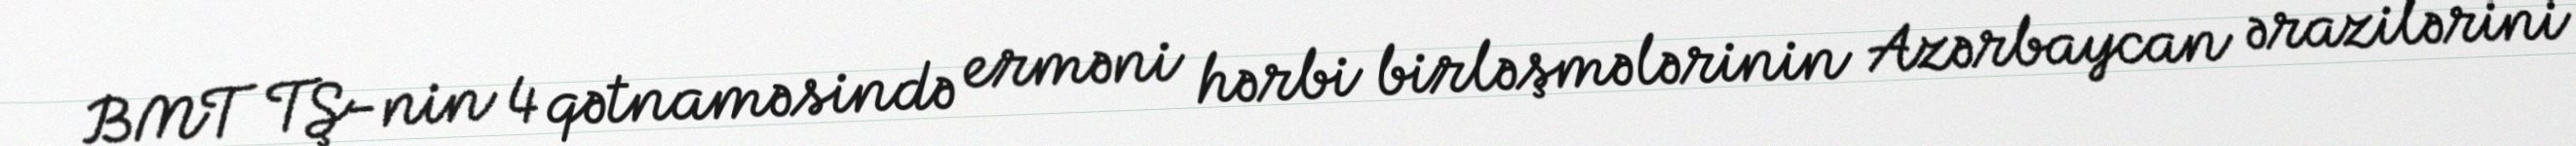
BMT TŞ-nin 4 qətnaməsində erməni hərbi birləşmələrinin Azərbaycan ərazilərini